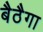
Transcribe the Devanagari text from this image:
बैठैगा